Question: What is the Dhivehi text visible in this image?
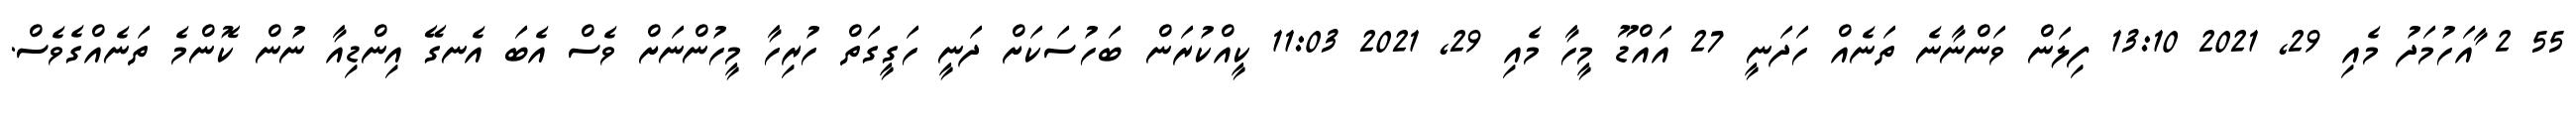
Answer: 55 2 ާއަހުމަދު މެއި 29, 2021 13:10 ފިލަން ވަންނާނެ ތަނެއް ހަދަނީ 27 އައްޑޫ މީހާ މެއި 29, 2021 11:03 ކީއްކުރަން ބަހުސަކަށް ދަނީ ހަގީގަތް ހުރިހާ މީހުންނަށް ވެސް އެބަ އެނގޭ އިންޑިއާ ނުން ކޮންމެ ތަނެއްގެވެސް.